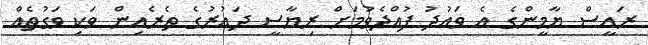
ރައީސް ޔާމީންގެ އެ ވައުދު ފުއްދެވުމަށް ރިޔާސީ ދައުރުގެ ތެރެއިން ވަކި ވަގުތެއް